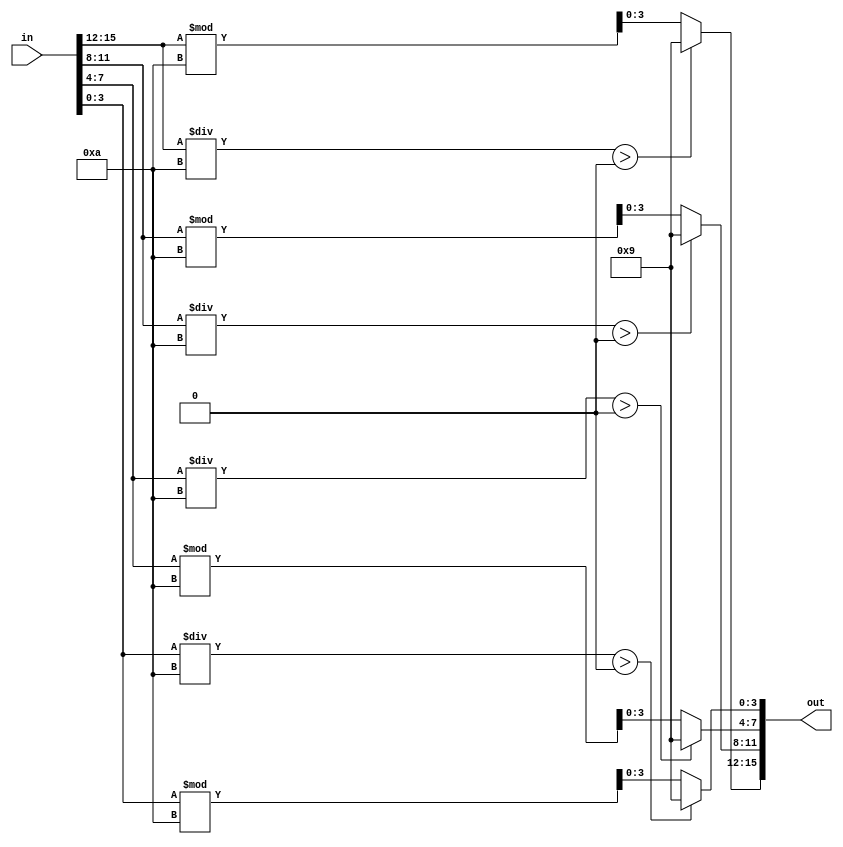
module BCD(in,out);
input [15:0] in;
output [15:0] out;

assign out[15:12] = (in[15:12]/10 > 0) ? 9 : in[15:12] % 10 ;
assign out[11:8] = (in[11:8]/10 > 0) ? 9 : in[11:8] % 10 ;
assign out[7:4] = (in[7:4]/10 > 0) ? 9 : in[7:4] % 10 ;
assign out[3:0] = (in[3:0]/10 > 0) ? 9 : in[3:0] % 10 ;

endmodule